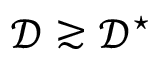
\mathcal { D } \gtrsim \mathcal { D } ^ { \star }